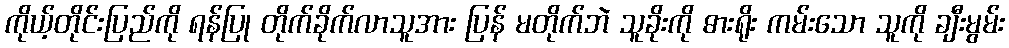
ကိုယ့်တိုင်းပြည်ကို ရန်ပြု တိုက်ခိုက်လာသူအား ပြန် မတိုက်ဘဲ သူခိုးကို ဓားရိုး ကမ်းသော သူကို ချီးမွမ်း